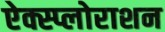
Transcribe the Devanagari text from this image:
ऐक्स्प्लोराशन